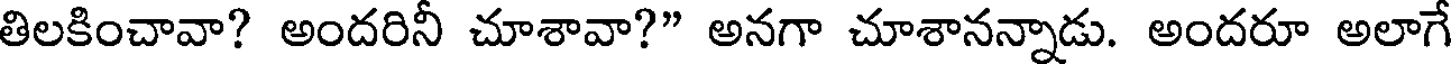
తిలకించావా? అందరినీ చూశావా?" అనగా చూశానన్నాడు. అందరూ అలాగే